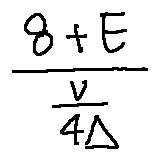
\frac { 8 + E } { \frac { v } { 4 \Delta } }